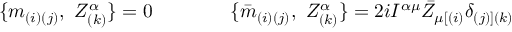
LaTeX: \{ m _ { ( i ) ( j ) } , \ Z _ { ( k ) } ^ { \alpha } \} = 0 \qquad \qquad \{ { \bar { m } } _ { ( i ) ( j ) } , \ Z _ { ( k ) } ^ { \alpha } \} = 2 i I ^ { \alpha \mu } { \bar { Z } } _ { \mu [ ( i ) } \delta _ { ( j ) ] ( k ) }